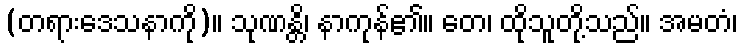
(တရားဒေသနာကို)။ သုဏန္တိ၊ နာကုန်၏။ တေ၊ ထိုသူတို့သည်။ အမတံ၊